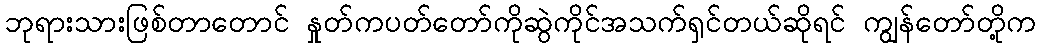
ဘုရားသားဖြစ်တာတောင် နှုတ်ကပတ်တော်ကိုဆွဲကိုင်အသက်ရှင်တယ်ဆိုရင် ကျွန်တော်တို့က